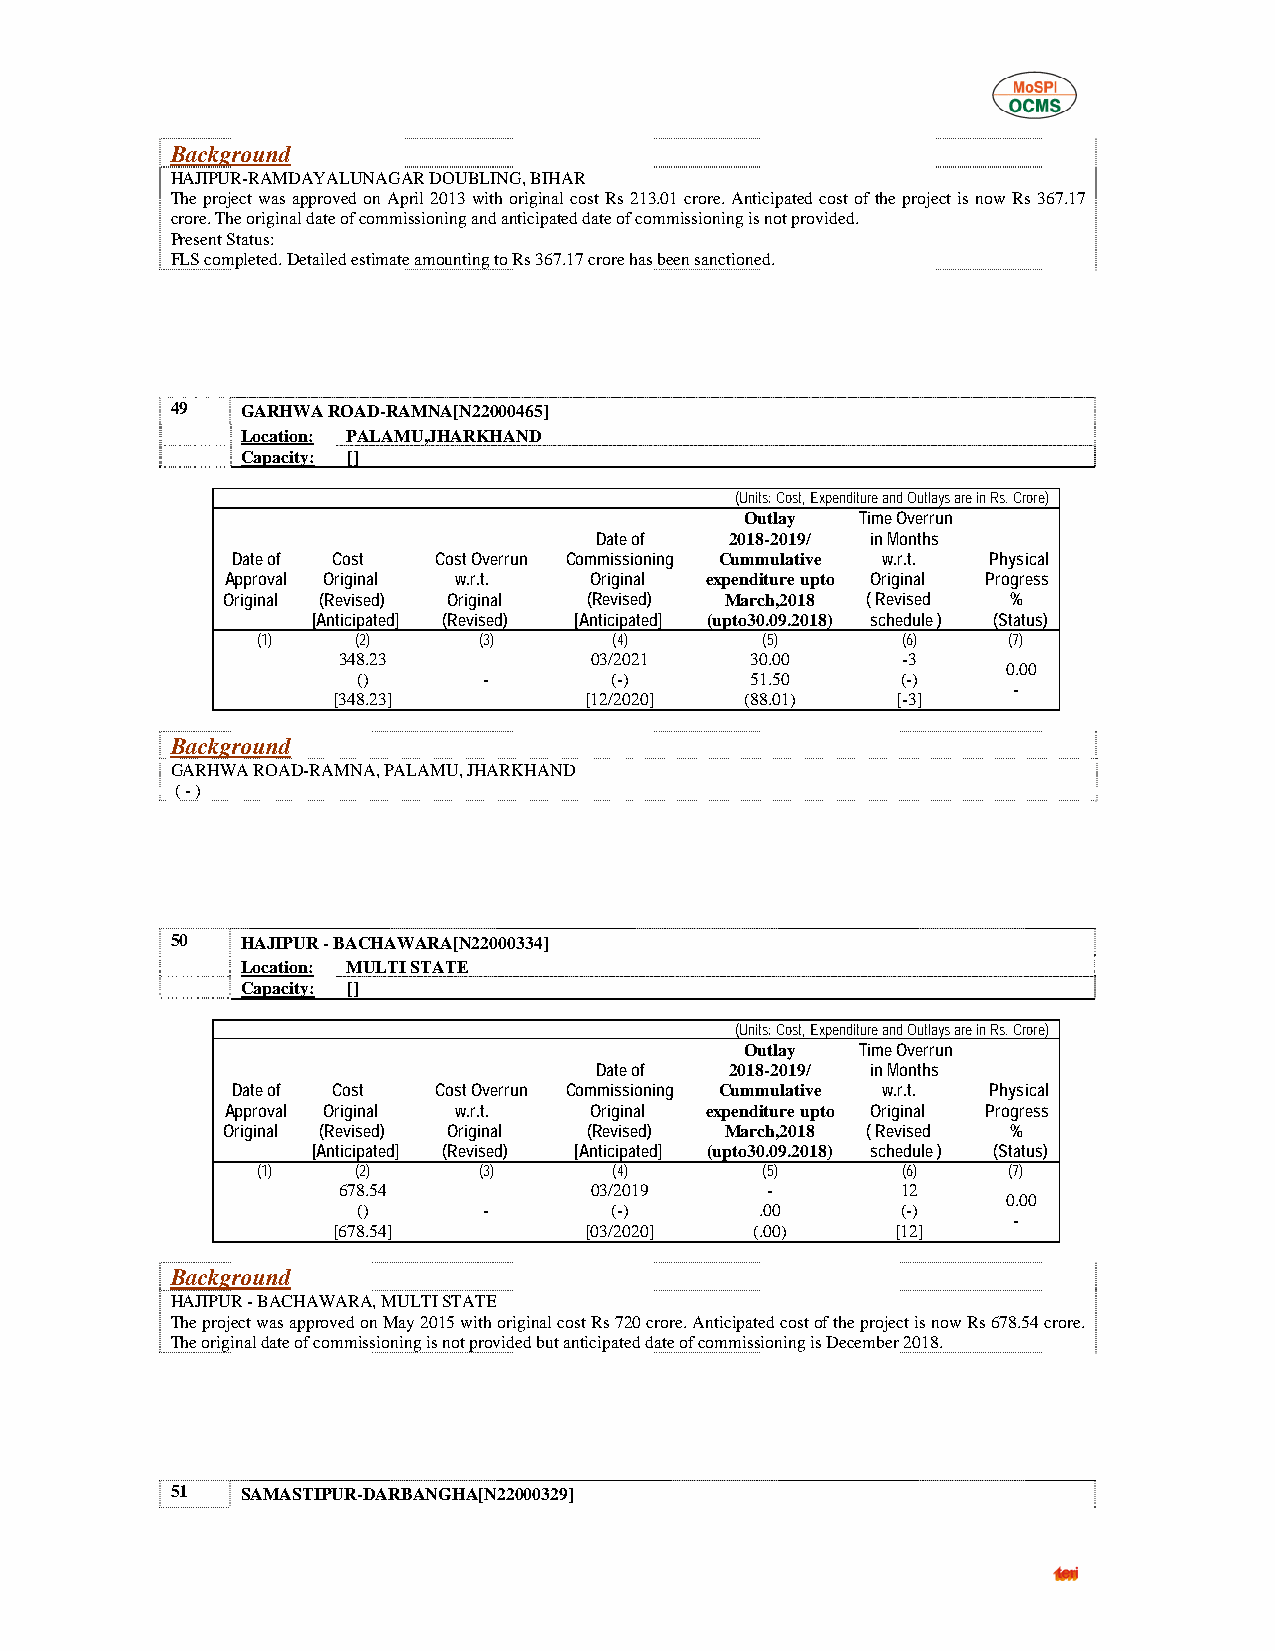
Background
 HAJIPUR-RAMDAYALUNAGAR DOUBLING, BIHAR
 The project was approved on April 2013 with original cost Rs 213.01 crore. Anticipated cost of the project is now Rs 367.17
 crore. The original date of commissioning and anticipated date of commissioning is not provided.
 Present Status:
 FLS completed. Detailed estimate amounting to Rs 367.17 crore has been sanctioned.
 49   GARHWA ROAD-RAMNA[N22000465]
 Location: PALAMU,JHARKHAND
 Capacity: []
 (Units: Cost, Expenditure and Outlays are in Rs. Crore)
 Outlay  Time Overrun
 Date of  2018-2019/ in Months
 Date of Cost  Cost Overrun Commissioning Cummulative w.r.t. Physical
 Approval Original w.r.t. Original expenditure upto Original Progress
 Original (Revised) Original (Revised) March,2018 ( Revised %
 [Anticipated] (Revised) [Anticipated] (upto30.09.2018) schedule ) (Status)
 (1)    (2)     (3)      (4)      (5)       (6)    (7)
 348.23           03/2021    30.00     -3
 0.00
 ()      -       (-)       51.50     (-)
 -
 [348.23]         [12/2020] (88.01)   [-3]
 Background
 GARHWA ROAD-RAMNA, PALAMU, JHARKHAND
 ( - )
 50   HAJIPUR - BACHAWARA[N22000334]
 Location: MULTI STATE
 Capacity: []
 (Units: Cost, Expenditure and Outlays are in Rs. Crore)
 Outlay  Time Overrun
 Date of  2018-2019/ in Months
 Date of Cost  Cost Overrun Commissioning Cummulative w.r.t. Physical
 Approval Original w.r.t. Original expenditure upto Original Progress
 Original (Revised) Original (Revised) March,2018 ( Revised %
 [Anticipated] (Revised) [Anticipated] (upto30.09.2018) schedule ) (Status)
 (1)    (2)     (3)      (4)      (5)       (6)    (7)
 678.54           03/2019     -        12
 0.00
 ()      -       (-)       .00       (-)
 -
 [678.54]         [03/2020]  (.00)    [12]
 Background
 HAJIPUR - BACHAWARA, MULTI STATE
 The project was approved on May 2015 with original cost Rs 720 crore. Anticipated cost of the project is now Rs 678.54 crore.
 The original date of commissioning is not provided but anticipated date of commissioning is December 2018.
 51   SAMASTIPUR-DARBANGHA[N22000329]